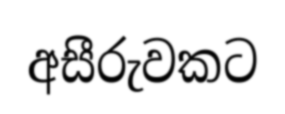
අසීරුවකට